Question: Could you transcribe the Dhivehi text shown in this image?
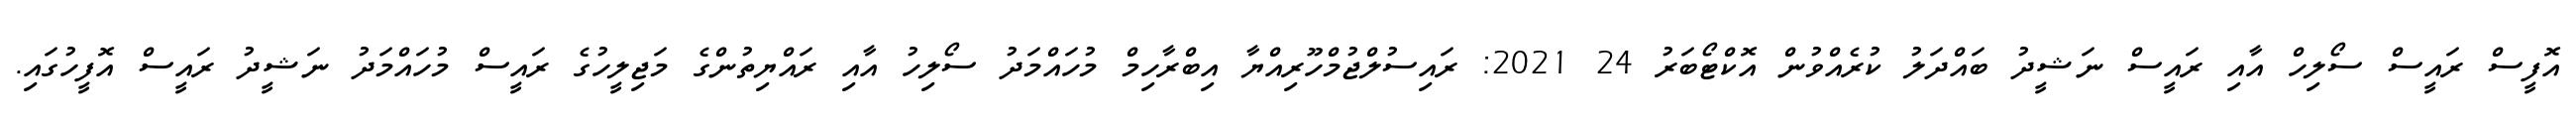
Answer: އޮފީސް ރައީސް ސޯލިހް އާއި ރައީސް ނަޝީދު ބައްދަލު ކުރެއްވުން އޮކްޓޯބަރު 24 2021: ރައިސުލްޖުމްހޫރިއްޔާ އިބްރާހިމް މުހައްމަދު ސޯލިހު އާއި ރައްޔިތުންގެ މަޖިލީހުގެ ރައީސް މުހައްމަދު ނަޝީދު ރައީސް އޮފީހުގައި.